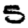
Digit: 5